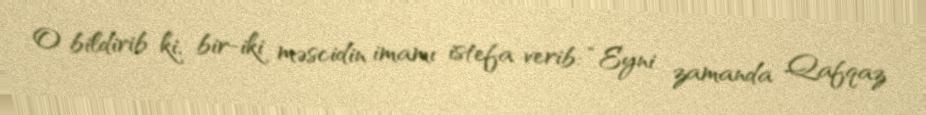
O bildirib ki, bir-iki məscidin imamı istefa verib: “Eyni zamanda Qafqaz